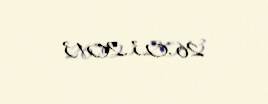
26.03.2013